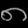
Digit: ၈